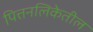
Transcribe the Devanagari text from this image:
पित्तनलिकेतील